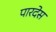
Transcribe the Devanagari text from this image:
पारदेस